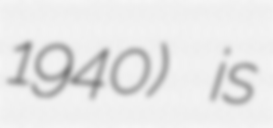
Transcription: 1940) is